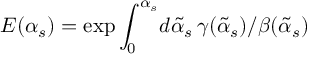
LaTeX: E ( \alpha _ { s } ) = \exp \int _ { 0 } ^ { \alpha _ { s } } \! d { \tilde { \alpha } _ { s } } \, \gamma ( { \tilde { \alpha } _ { s } } ) / \beta ( { \tilde { \alpha } _ { s } } )